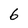
Character: 6